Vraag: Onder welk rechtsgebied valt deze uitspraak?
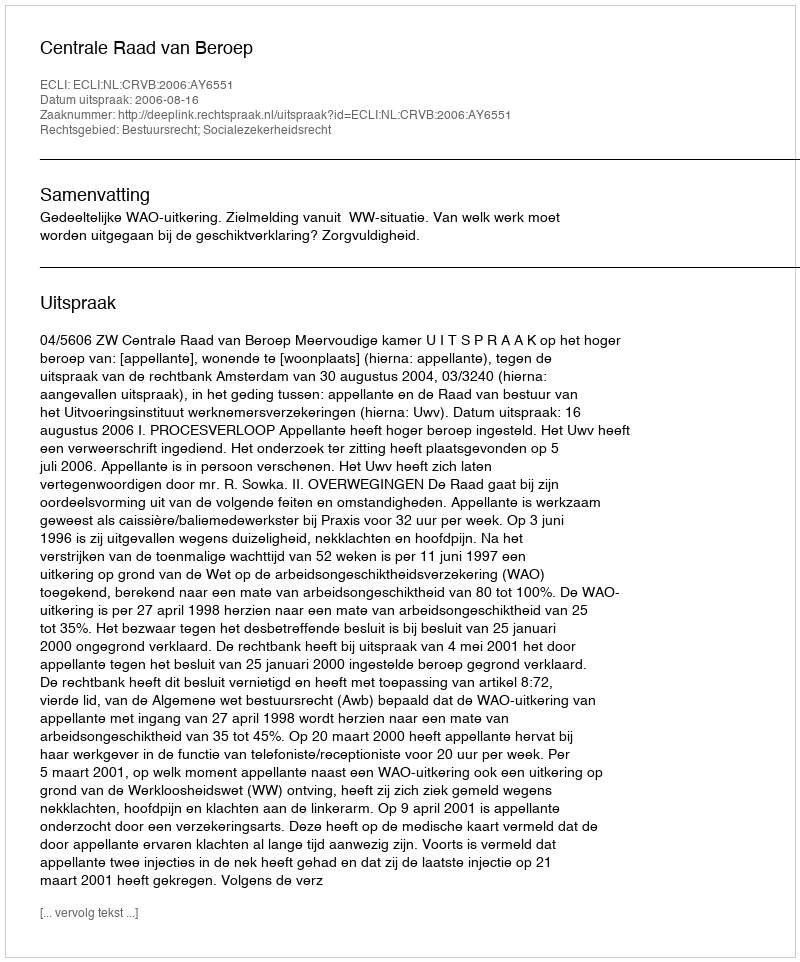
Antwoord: Bestuursrecht; Socialezekerheidsrecht